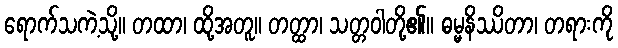
ရောက်သကဲ့သို့။ တထာ၊ ထို့အတူ။ တတ္ထာ၊ သတ္တဝါတို့၏။ ဓမ္မနိဿိတာ၊ တရားကို